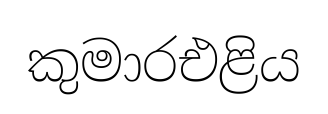
කුමාරඑළිය